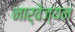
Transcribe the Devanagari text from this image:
नार्वेज्यन